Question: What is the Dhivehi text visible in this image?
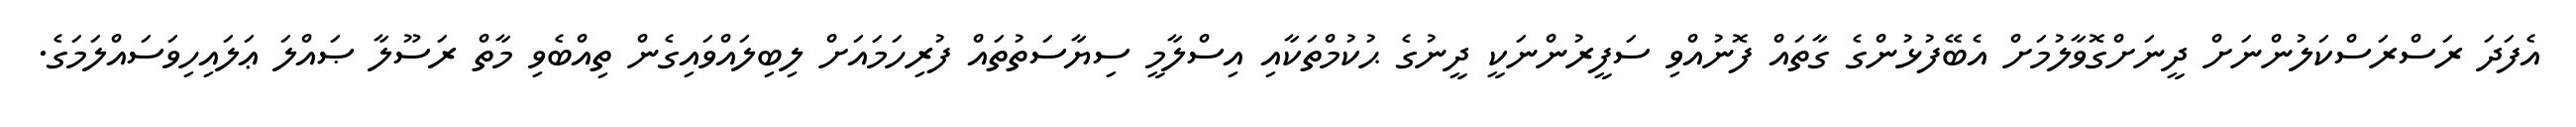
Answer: އެފަދަ ރަސްރަސްކަލުންނަށް ދީނަށްގޮވާލުމަށް އެބޭފުޅުންގެ ގާތައް ފޮނުއްވި ސަފީރުންނަކީ ދީނުގެ ޙުކުމްތަކާއި އިސްލާމީ ސިޔާސަތުތައް ފުރިހަމައަށް ލިބިލައްވައިގެން ތިއްބެވި މާތް ރަސޫލާ ޞައްލަ ޢަލައިހިވަސައްލަމަގެ.